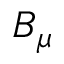
B _ { \mu }